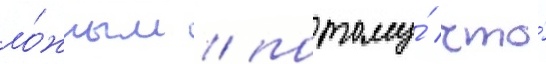
ло́жным / потому́ что́